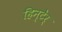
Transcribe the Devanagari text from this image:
हिन्टेर्